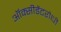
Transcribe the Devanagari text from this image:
ऑक्सीडेंटरोधी